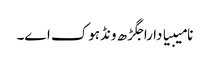
نامیبیا دا راجگڑھ ونڈہوک اے۔